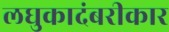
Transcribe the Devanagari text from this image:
लघुकादंबरीकार